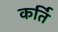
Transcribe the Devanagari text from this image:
कर्ति